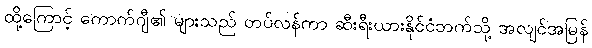
ထို့ကြောင့် ကောက်ဂျီ၏ များသည် တပ်လန်ကာ ဆီးရီးယားနိုင်ငံဘက်သို့ အလျင်အမြန်